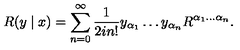
R ( y \mid x ) = \sum _ { n = 0 } ^ { \infty } \frac { 1 } { 2 i n ! } y _ { \alpha _ { 1 } } \ldots y _ { \alpha _ { n } } R ^ { \alpha _ { 1 } \ldots \alpha _ { n } } .